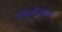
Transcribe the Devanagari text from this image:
निलोलास